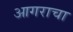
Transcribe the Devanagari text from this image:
आगराचा